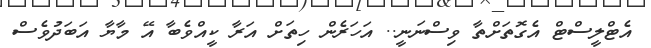
އެޓްލީސްޓް އެގޮތަށްތާ ވިސްނަނީ.. އަހަރެން ހިތަށް އަރާ ކީއްވެބާ އޭ މާޔާ އަބަދުވެސް